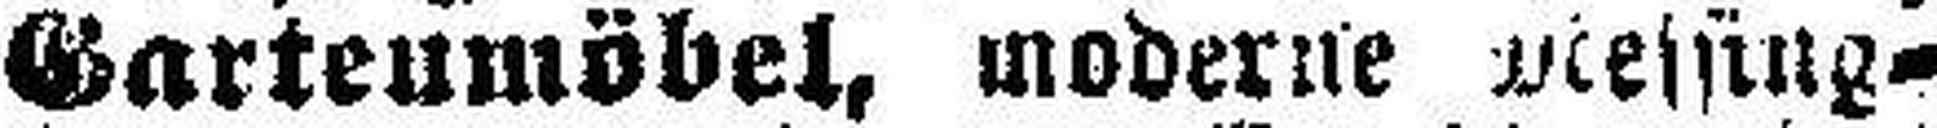
Gartenmöbel, moderne Messing=